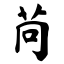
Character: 苘